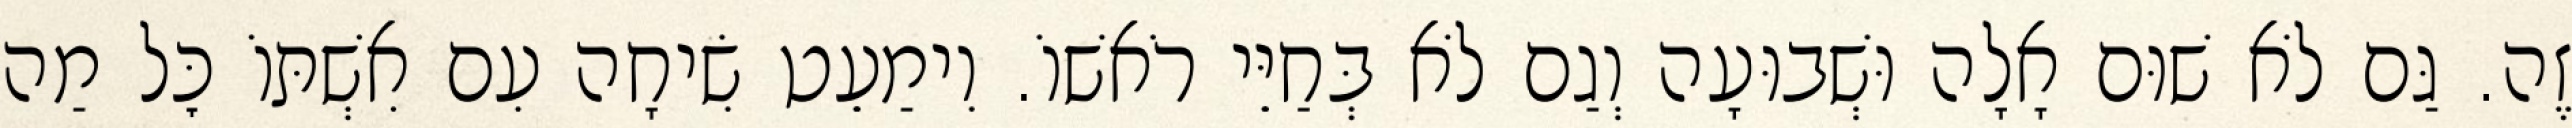
זֶה. גַּם לֹא שׁוּם אָלָה וּשְׁבוּעָה וְגַם לֹא בְּחַיֵּי רֹאשׁוֹ. וִימַעֵט שִׂיחָה עִם אִשְׁתּוֹ כׇּל מַה